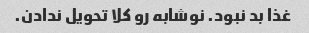
غذا بد نبود. نوشابه رو کلا تحویل ندادن.